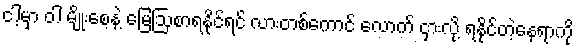
ငါ့မှာ ဝါ မျိုးစေ့နဲ့ မြေဩစာရနိုင်ရင် လားတစ်ကောင် လောက် ငှားလို့ ရနိုင်တဲ့နေရာကို